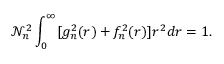
\mathcal { N } _ { n } ^ { 2 } \int _ { 0 } ^ { \infty } [ g _ { n } ^ { 2 } ( r ) + f _ { n } ^ { 2 } ( r ) ] r ^ { 2 } d r = 1 .